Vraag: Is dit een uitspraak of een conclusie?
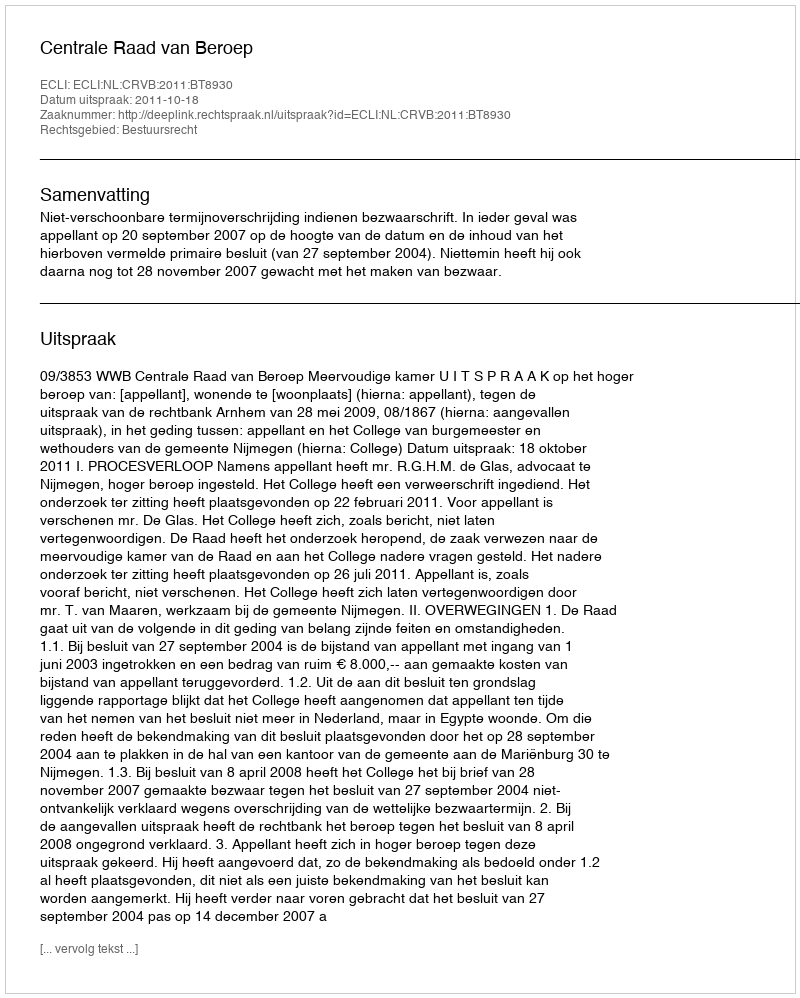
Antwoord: Uitspraak